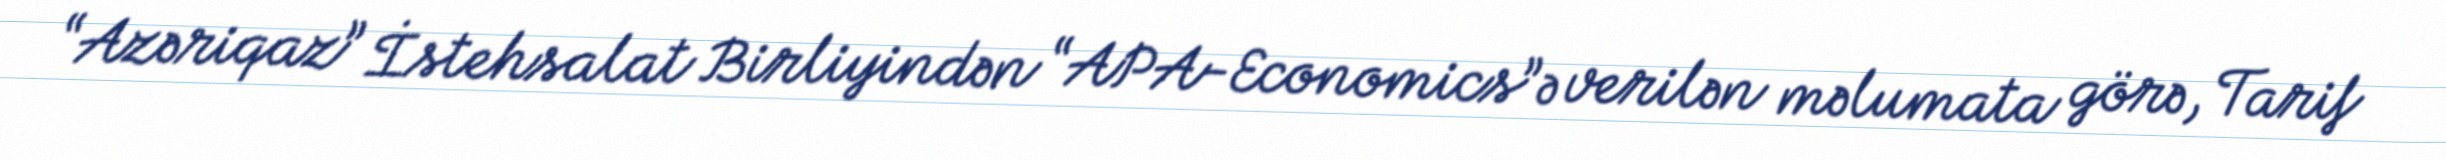
“Azəriqaz” İstehsalat Birliyindən “APA-Economics”ə verilən məlumata görə, Tarif